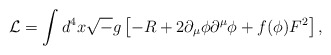
\begin{align*}{\cal L} = \int d^4 x {\sqrt -g} \left[ -R + 2 \partial_{\mu}\phi \partial ^{\mu}\phi + f( \phi ) F^2 \right] ,\end{align*}